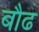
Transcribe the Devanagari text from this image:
बौढ